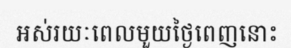
អស់រយៈពេលមួយថ្ងៃពេញនោះ